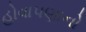
હોવાપણાનો